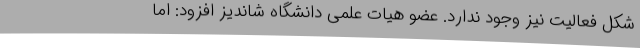
شکل فعالیت نیز وجود ندارد. عضو هیات علمی دانشگاه شاندیز افزود: اما